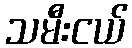
သမီးငယ်